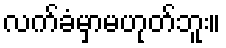
လက်ခံမှာမဟုတ်ဘူး။